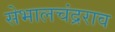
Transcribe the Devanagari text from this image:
सेभालचंद्रराव